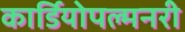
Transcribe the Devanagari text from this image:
कार्डियोपल्मनरी